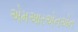
એમઆરએનએન